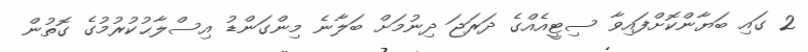
2 ގައި ބަޔާންކޮށްފައިވާ ސިޓީއެއްގެ ދަރަޖަ ދިނުމަށް ބަލާނެ މިންގަންޑު އިސްލާޙުކުރުމުގެ ގޮތުން